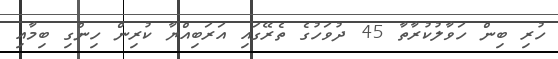
ހުރި ބިން ހަވާލުކުރާތާ 45 ދުވަހުގެ ތެރޭގައި އަރަބިއްޔާ ކުރިން ހިންގި ބިމާއި